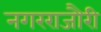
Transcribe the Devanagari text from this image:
नगरराजौरी